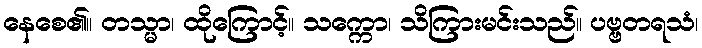
နေစေ၏။ တသ္မာ၊ ထိုကြောင့်။ သက္ကော၊ သိကြားမင်းသည်။ ပဗ္ဗတရသံ၊